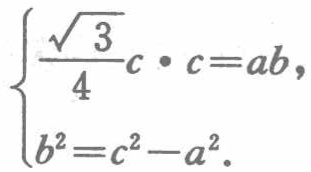
$\begin{cases}

\frac{\sqrt{3}}{4}c\cdot c = ab,\\

b^{2}=c^{2}-a^{2}.

\end{cases}$